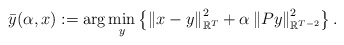
\begin{align*}\bar y(\alpha,x) := \arg \min_y \left\{ \left\| x-y \right\|_{\mathbb{R}^{T}}^2 + \alpha \left\|Py\right\|_{\mathbb{R}^{T-2}}^2 \right\}. \end{align*}